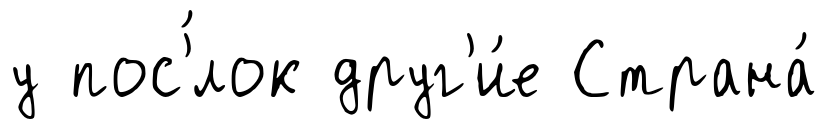
у пос'́лок друг'и́е Страна́